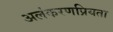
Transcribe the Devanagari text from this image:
अलंकरणप्रियता